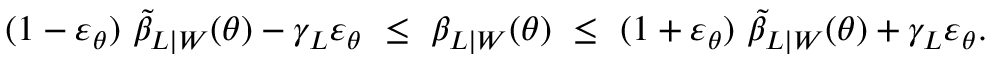
\begin{array} { r } { ( 1 - \varepsilon _ { \theta } ) ~ \tilde { \beta } _ { L | \mathcal Ḋ W Ḍ } ( \theta ) - \gamma _ { L } \varepsilon _ { \theta } ~ \le ~ \beta _ { L | \mathcal Ḋ W Ḍ } ( \theta ) ~ \le ~ ( 1 + \varepsilon _ { \theta } ) ~ \tilde { \beta } _ { L | \mathcal Ḋ W Ḍ } ( \theta ) + \gamma _ { L } \varepsilon _ { \theta } . } \end{array}